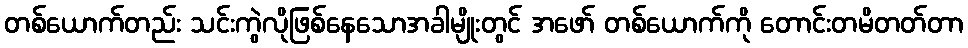
တစ်ယောက်တည်း သင်းကွဲလိုဖြစ်နေသောအခါမျိုးတွင် အဖော် တစ်ယောက်ကို တောင်းတမိတတ်တာ